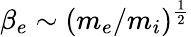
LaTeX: \beta_{e}\sim(m_{e}/m_{i})^{\frac{1}{2}}